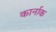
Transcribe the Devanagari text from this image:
कार्नाक